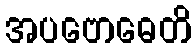
အပဗောဓေတိ